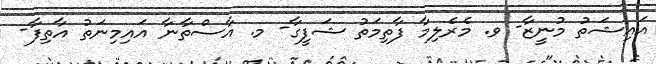
އައިޝަތު މުނީޒާ- ވ. މެރެލިމާ ފާތިމަތު ޝަފީގާ- މ. އާސްތާނާ އައިމިނަތު އާތިފާ-